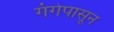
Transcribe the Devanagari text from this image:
गंगेपासून